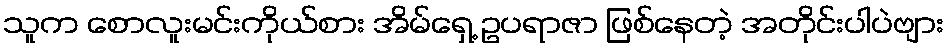
သူက စောလူးမင်းကိုယ်စား အိမ်ရှေ့ ဥပရာဇာ ဖြစ်နေတဲ့ အတိုင်းပါပဲဗျား